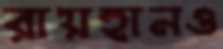
রায়হানও